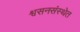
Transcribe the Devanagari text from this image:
श्वसनसंस्थेत